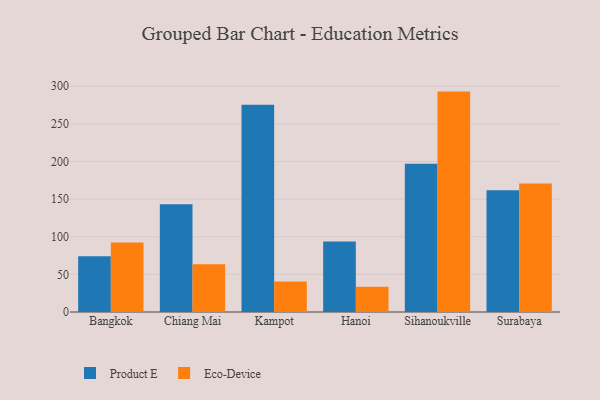
{"axis": {"x": "City", "y": "Latency (ms)"}, "legend": ["Eco-Device", "Product E"], "data": [{"x": "Bangkok", "y": 74.1, "type": "Product E"}, {"x": "Bangkok", "y": 92.3, "type": "Eco-Device"}, {"x": "Chiang Mai", "y": 143.1, "type": "Product E"}, {"x": "Chiang Mai", "y": 63.3, "type": "Eco-Device"}, {"x": "Kampot", "y": 275.3, "type": "Product E"}, {"x": "Kampot", "y": 40.4, "type": "Eco-Device"}, {"x": "Hanoi", "y": 93.8, "type": "Product E"}, {"x": "Hanoi", "y": 33.7, "type": "Eco-Device"}, {"x": "Sihanoukville", "y": 197.1, "type": "Product E"}, {"x": "Sihanoukville", "y": 292.9, "type": "Eco-Device"}, {"x": "Surabaya", "y": 161.8, "type": "Product E"}, {"x": "Surabaya", "y": 170.7, "type": "Eco-Device"}]}